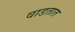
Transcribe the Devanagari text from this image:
वाडतात